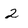
Character: 2